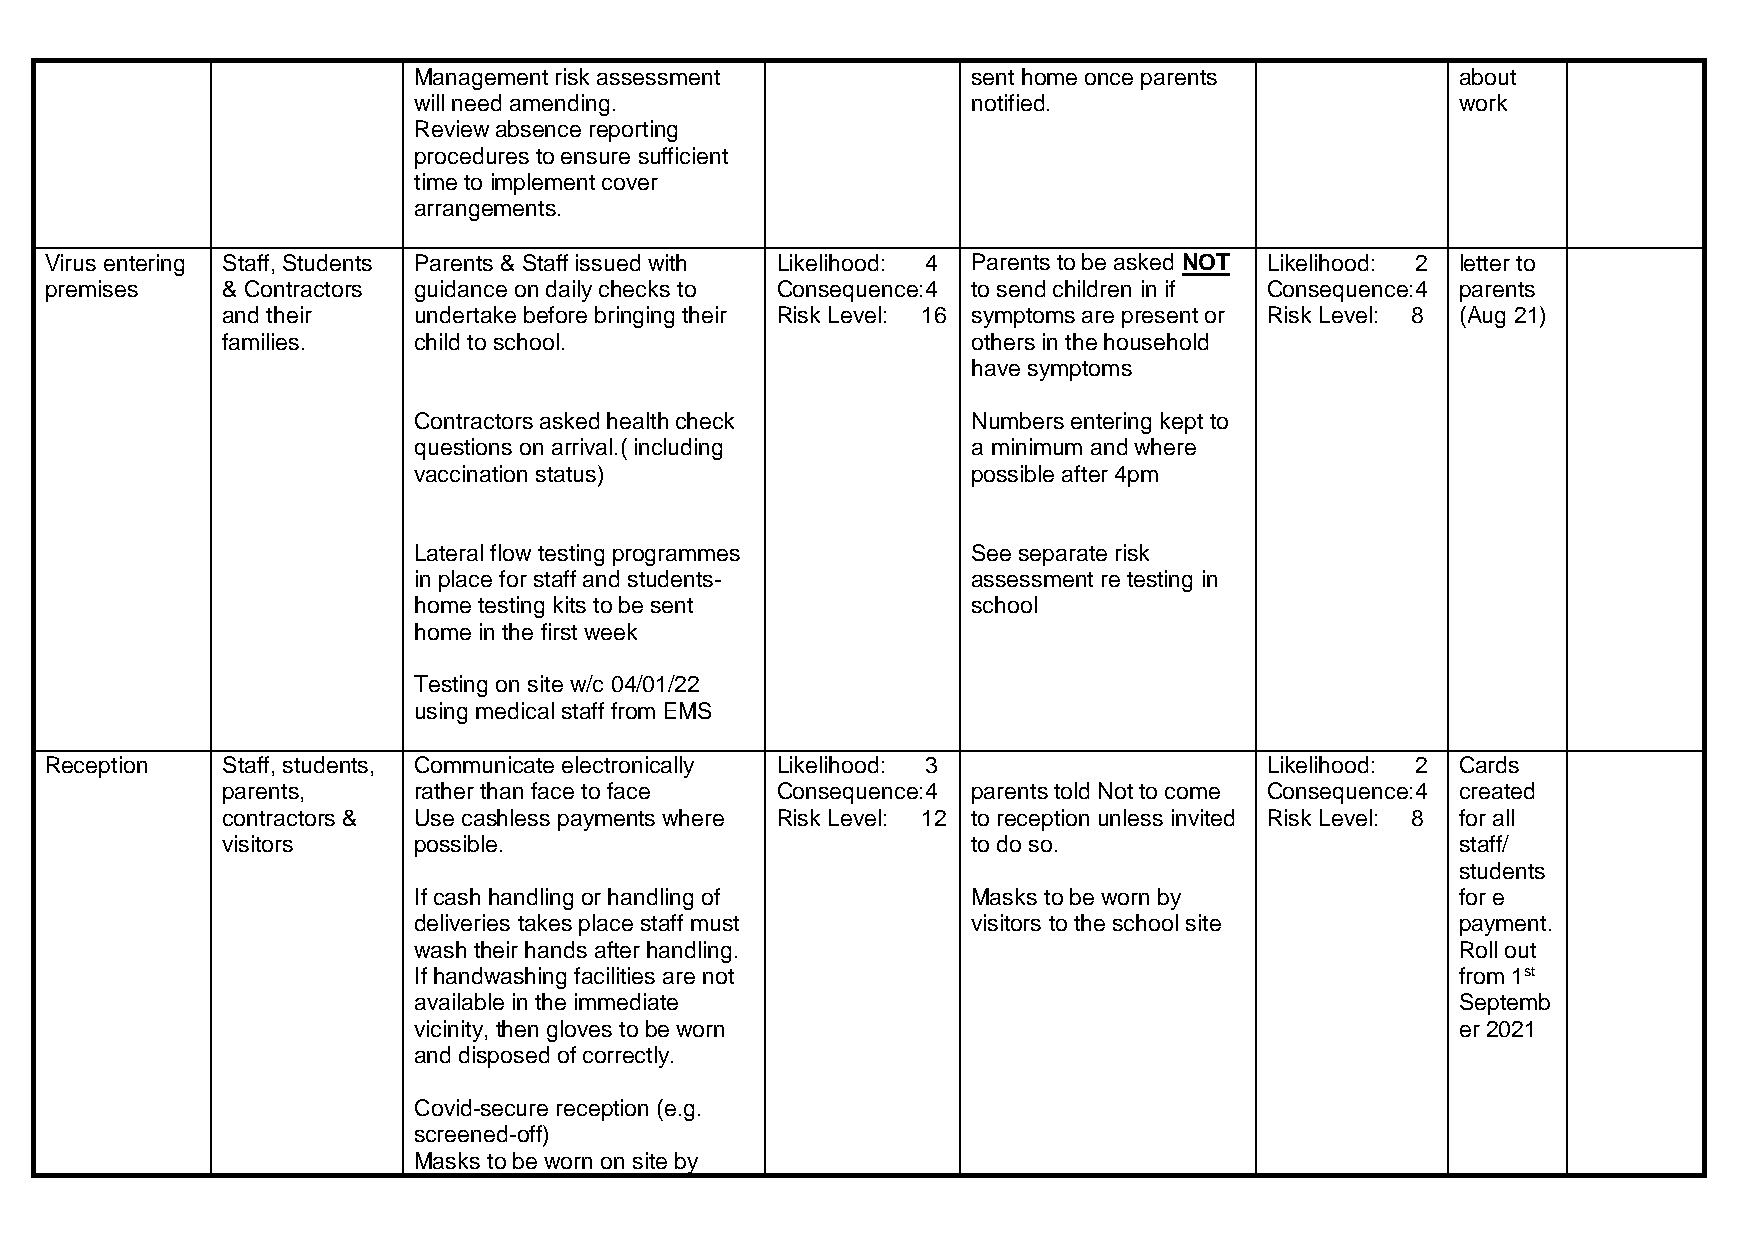
Management risk assessment           sent home once parents           about
 will need amending.                  notified.                        work
 Review absence reporting
 procedures to ensure sufficient
 time to implement cover
 arrangements.
 Virus entering Staff, Students Parents & Staff issued with Likelihood: 4 Parents to be asked NOT Likelihood: 2 letter to
 premises    & Contractors guidance on daily checks to Consequence:4 to send children in if Consequence:4 parents
 and their   undertake before bringing their Risk Level: 16 symptoms are present or Risk Level: 8 (Aug 21)
 families.   child to school.                     others in the household
 have symptoms
 Contractors asked health check       Numbers entering kept to
 questions on arrival.( including     a minimum and where
 vaccination status)                  possible after 4pm
 Lateral flow testing programmes      See separate risk
 in place for staff and students-     assessment re testing in
 home testing kits to be sent         school
 home in the first week
 Testing on site w/c 04/01/22
 using medical staff from EMS
 Reception   Staff, students, Communicate electronically Likelihood: 3            Likelihood: 2 Cards
 parents,    rather than face to face Consequence:4 parents told Not to come Consequence:4 created
 contractors & Use cashless payments where Risk Level: 12 to reception unless invited Risk Level: 8 for all
 visitors    possible.                            to do so.                        staff/
 students
 If cash handling or handling of      Masks to be worn by              for e
 deliveries takes place staff must    visitors to the school site      payment.
 wash their hands after handling.                                      Roll out
 If handwashing facilities are not                                     from 1st
 available in the immediate                                            Septemb
 vicinity, then gloves to be worn                                      er 2021
 and disposed of correctly.
 Covid-secure reception (e.g.
 screened-off)
 Masks to be worn on site by